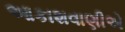
આકાશવાણીએ